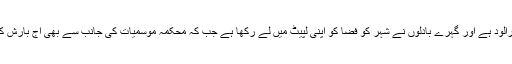
لاہور کا موسم آج ابرآلود ہے اور گہرے بادلوں نے شہر کو فضا کو اپنی لپیٹ میں لے رکھا ہے جب کہ محکمہ موسمیات کی جانب سے بھی آج بارش کی پیشگوئی کی ہے۔